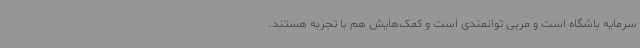
سرمایه باشگاه است و مربی توانمندی است و کمک‌هایش هم با تجربه هستند.